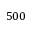
5 0 0